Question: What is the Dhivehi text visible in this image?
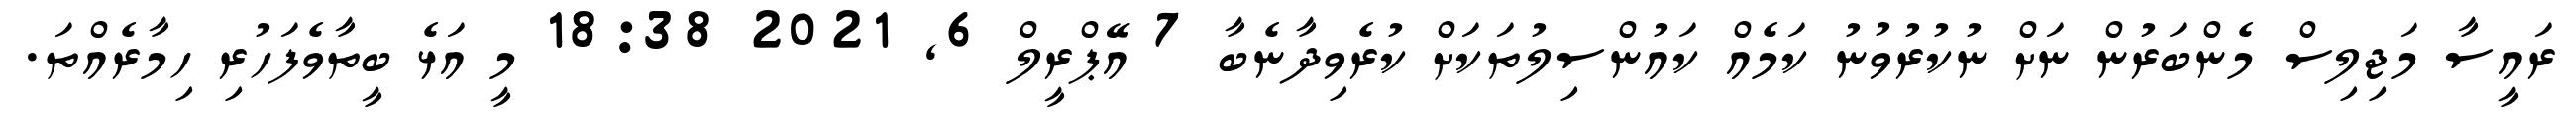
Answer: ރައީސާ މަޖިލިސް މެންބަރުން ނަށް ނުކުރުވުނު ކަމެއް ކައުންސިލުތަކަށް ކުރެވިދާނެބާ 7 އޭޕްރީލް 6, 2021 18:38 މީ އަޅެ ބީތާވެފަހުރި ހިމާރެއްތަ.